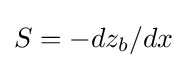
S=-dz_{b}/dx